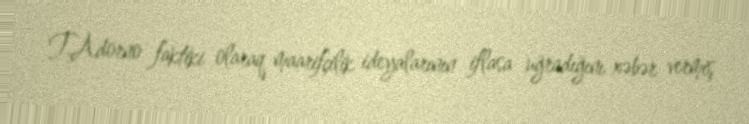
T.Adorno faktiki olaraq maarifçilik ideyalarının iflasa uğradığını xəbər vermiş